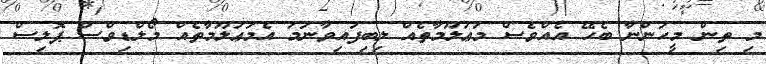
މި ތިން މީހުންނާ ބެހޭ އެއްވެސް މަޢުލޫމާތެއް ލިބިފައިވާނަމަ އެމަޢުލޫމާތެއް މޯލްޑިވްސް ޕޮލިސް